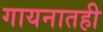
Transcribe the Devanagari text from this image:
गायनातही